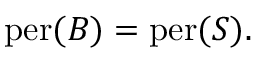
\mathrm { p e r } ( B ) = \mathrm { p e r } ( S ) .